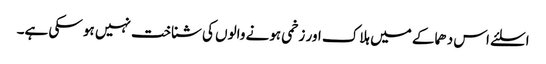
اسلئے اس دھماکے میں ہلاک اور زخمی ہونے والوں کی شناخت نہیں ہو سکی ہے۔